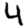
Digit: 4